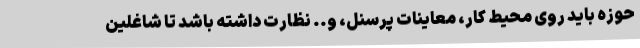
حوزه باید روی محیط کار، معاینات پرسنل، و.. نظارت داشته باشد تا شاغلین